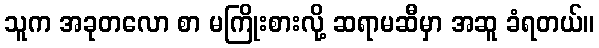
သူက အခုတလော စာ မကြိုးစားလို့ ဆရာမဆီမှာ အဆူ ခံရတယ်။